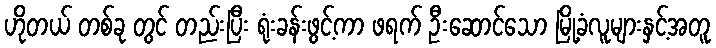
ဟိုတယ် တစ်ခု တွင် တည်းပြီး ရုံးခန်းဖွင့်ကာ ဖရက် ဦးဆောင်သော မြို့ခံလူများနှင့်အတူ